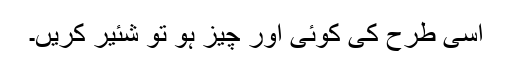
اسی طرح کی کوئی اور چیز ہو تو شئیر کریں۔